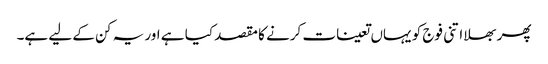
پھر بھلا اتنی فوج کو یہاں تعینات کرنے کا مقصد کیا ہے اور یہ کن کے لیے ہے۔